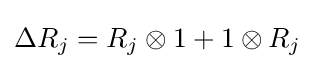
\Delta R_{j}=R_{j}\otimes 1+1\otimes R_{j}